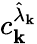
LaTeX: c_{\mathbf{k}}^{\hat{\lambda}_{\mathbf{k}}}